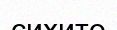
сихито